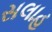
સલાહ